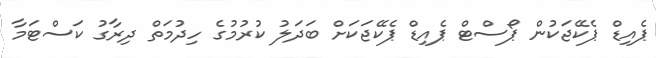
ޕެއިޑް ޕެކޭޖަކުން ޕޯސްޓް ޕެއިޑް ޕެކޭޖަކަށް ބަދަލު ކުރުމުގެ ހިދުމަތް ދިރާގު ކަސްޓަމާ